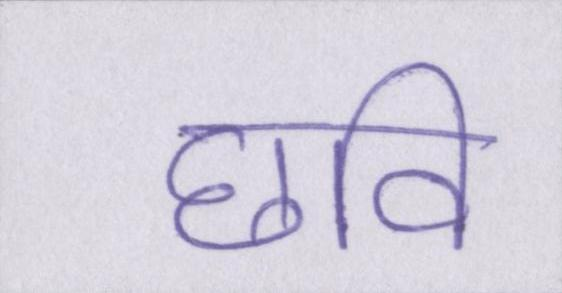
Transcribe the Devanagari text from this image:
छवि